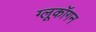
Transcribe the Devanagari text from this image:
ग्लूकॉगन